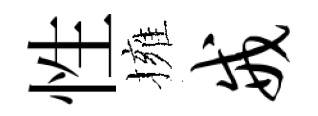
性擁戒